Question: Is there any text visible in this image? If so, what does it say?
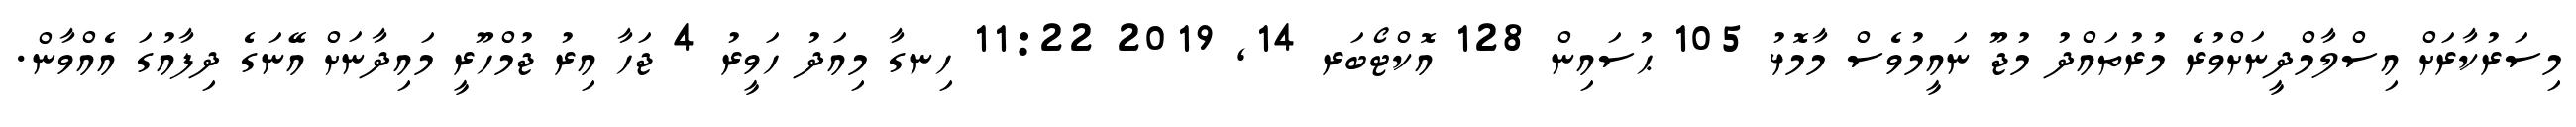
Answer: މިސަރުކާރަށް އިސްލާމްދީނަށްވުރެ މުރުތައްދު މުޖޫ ނައީމުވެސް މާމޮޅު 105 ޙުސައިން 128 އޮކްޓޯބަރ 14, 2019 11:22 ހިނގާ މިއަދު ހަވީރު 4 ޖަހާ އިރު ޖުމްހޫރީ މައިދާނަށް އޭނަގެ ދިފާއުގަ އެއްވާން.